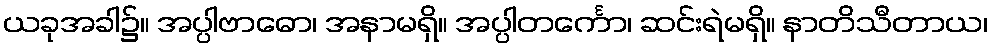
ယခုအခါ၌။ အပ္ပါဗာဓော၊ အနာမရှိ။ အပ္ပါတင်္ကော၊ ဆင်းရဲမရှိ။ နာတိသီတာယ၊